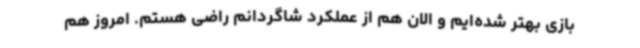
بازی بهتر شده‌ایم و الان هم از عملکرد شاگردانم راضی هستم. امروز هم